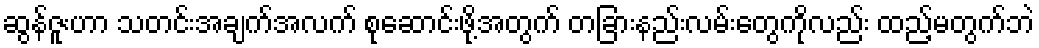
ဆွန်ဇူးဟာ သတင်းအချက်အလက် စုဆောင်းဖို့အတွက် တခြားနည်းလမ်းတွေကိုလည်း ထည့်မတွက်ဘဲ